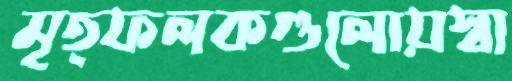
মৃত্ফলকগুলোয়স্বা